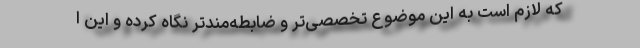
که لازم است به این موضوع تخصصی‌تر و ضابطه‌مندتر نگاه کرده و این ا